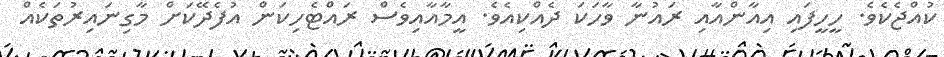
ކުއްޖެކެވެ. ހީހީފައި އިއާންއާއި ރައުނާ ވާހަކަ ދެއްކިއެވެ. އީމާއާއިވެސް ރައްޓެހިކަން އުފެދޭކަށް މާގިނައިރުތަކެއް